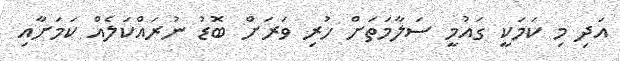
އަދި މި ކަމަކީ ގައުމީ ސަލާމަތަށް ހުރި ވަރަށް ބޮޑު ނުރައްކަލެއް ކަމަށާއި